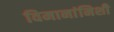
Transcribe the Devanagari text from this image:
विमानांनिशी